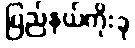
ပြည်နယ်ကိုးခု